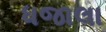
ધજાલા